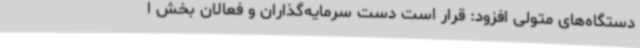
دستگاه‌های متولی افزود: قرار است دست سرمایه‌گذاران و فعالان بخش ا